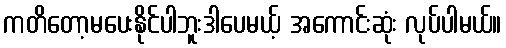
ကတိတော့မပေးနိုင်ပါဘူးဒါပေမယ့် အကောင်းဆုံး လုပ်ပါမယ်။